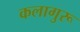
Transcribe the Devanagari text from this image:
कलागुरू